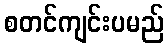
စတင်ကျင်းပမည်